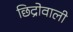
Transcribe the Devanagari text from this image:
छिद्रोवाली